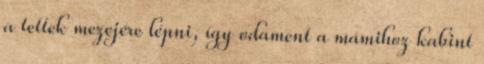
a tettek mezejére lépni, így odament a mámihoz kabint